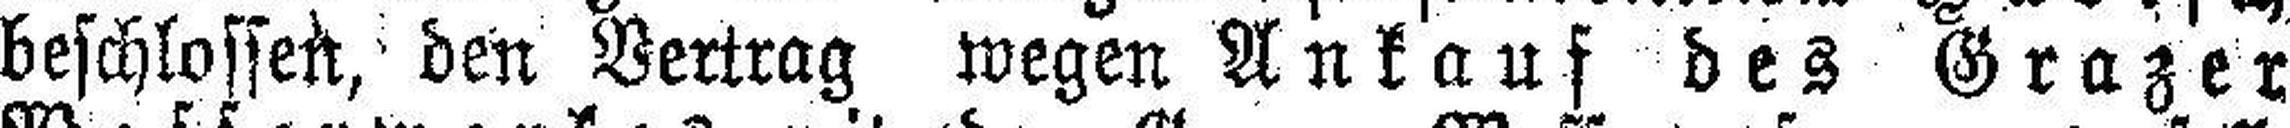
beschlossen, den Vertrag wegen Ankauf des Grazer